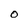
Character: O